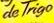

				de Trigo